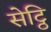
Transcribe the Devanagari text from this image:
सेट्ठि